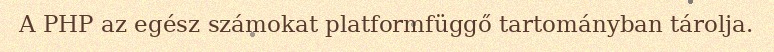
A PHP az egész számokat platformfüggő tartományban tárolja.